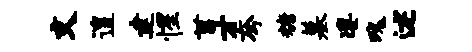
文遑建惺菖才夸糖墓凄瑰述